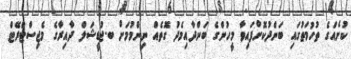
ކުށެއްގެ ތުހުމަތުގައި ބަންދުކޮށްފައިވާ މީހުންގެ ބަންދާއިމެދު ގޮތެއް ނިންމުމަށް ބ.ޖުޑީޝަލް ދާއިރާގެ މެޖިސްޓްރޭޓް